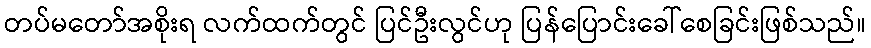
တပ်မတော်အစိုးရ လက်ထက်တွင် ပြင်ဦးလွင်ဟု ပြန်ပြောင်းခေါ်စေခြင်းဖြစ်သည်။